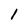
Character: l